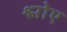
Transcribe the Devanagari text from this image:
श्लोए